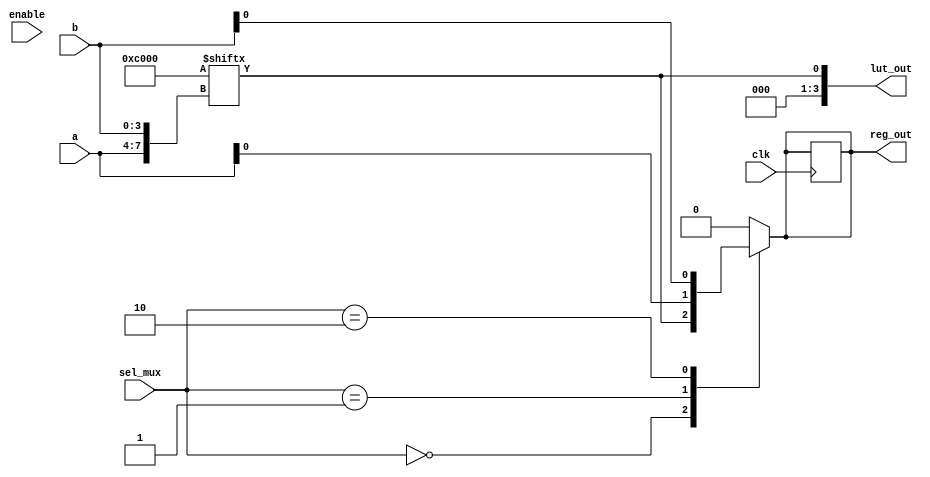
module CLB (
    input wire [3:0] a,          // 4-input for LUT
    input wire [3:0] b,          // Additional 4-input for LUT
    input wire [1:0] sel_mux,     // Select signal for MUX
    input wire clk,               // Clock signal for registers
    input wire enable,            // Enable signal
    output reg [3:0] lut_out,     // Output of LUT
    output reg reg_out            // Output of register
);

// Lookup Table (LUT) - 4-input
reg [15:0] lut; // 16 possible outputs for 4-input LUT

always @(*) begin
    // Example configuration of LUT (AND function for simplicity)
    lut[0] = 1'b0;   // 0000
    lut[1] = 1'b0;   // 0001
    lut[2] = 1'b0;   // 0010
    lut[3] = 1'b0;   // 0011
    lut[4] = 1'b0;   // 0100
    lut[5] = 1'b0;   // 0101
    lut[6] = 1'b0;   // 0110
    lut[7] = 1'b0;   // 0111
    lut[8] = 1'b0;   // 1000
    lut[9] = 1'b0;   // 1001
    lut[10] = 1'b0;  // 1010
    lut[11] = 1'b0;  // 1011
    lut[12] = 1'b0;  // 1100
    lut[13] = 1'b0;  // 1101
    lut[14] = 1'b1;  // 1110
    lut[15] = 1'b1;  // 1111

    // Compute LUT output
    lut_out = lut[{a, b}]; // Combine inputs to index LUT
end

// Multiplexer to select between LUT output and another input
always @(*) begin
    case(sel_mux)
        2'b00: reg_out = lut_out[0]; // Select LUT output
        2'b01: reg_out = a[0];        // Select input a
        2'b10: reg_out = b[0];        // Select input b
        default: reg_out = 1'b0;      // Default case
    endcase
end

// Register to store the output based on enable signal
always @(posedge clk) begin
    if (enable) begin
        reg_out <= reg_out; // Store the current output
    end
end

endmodule